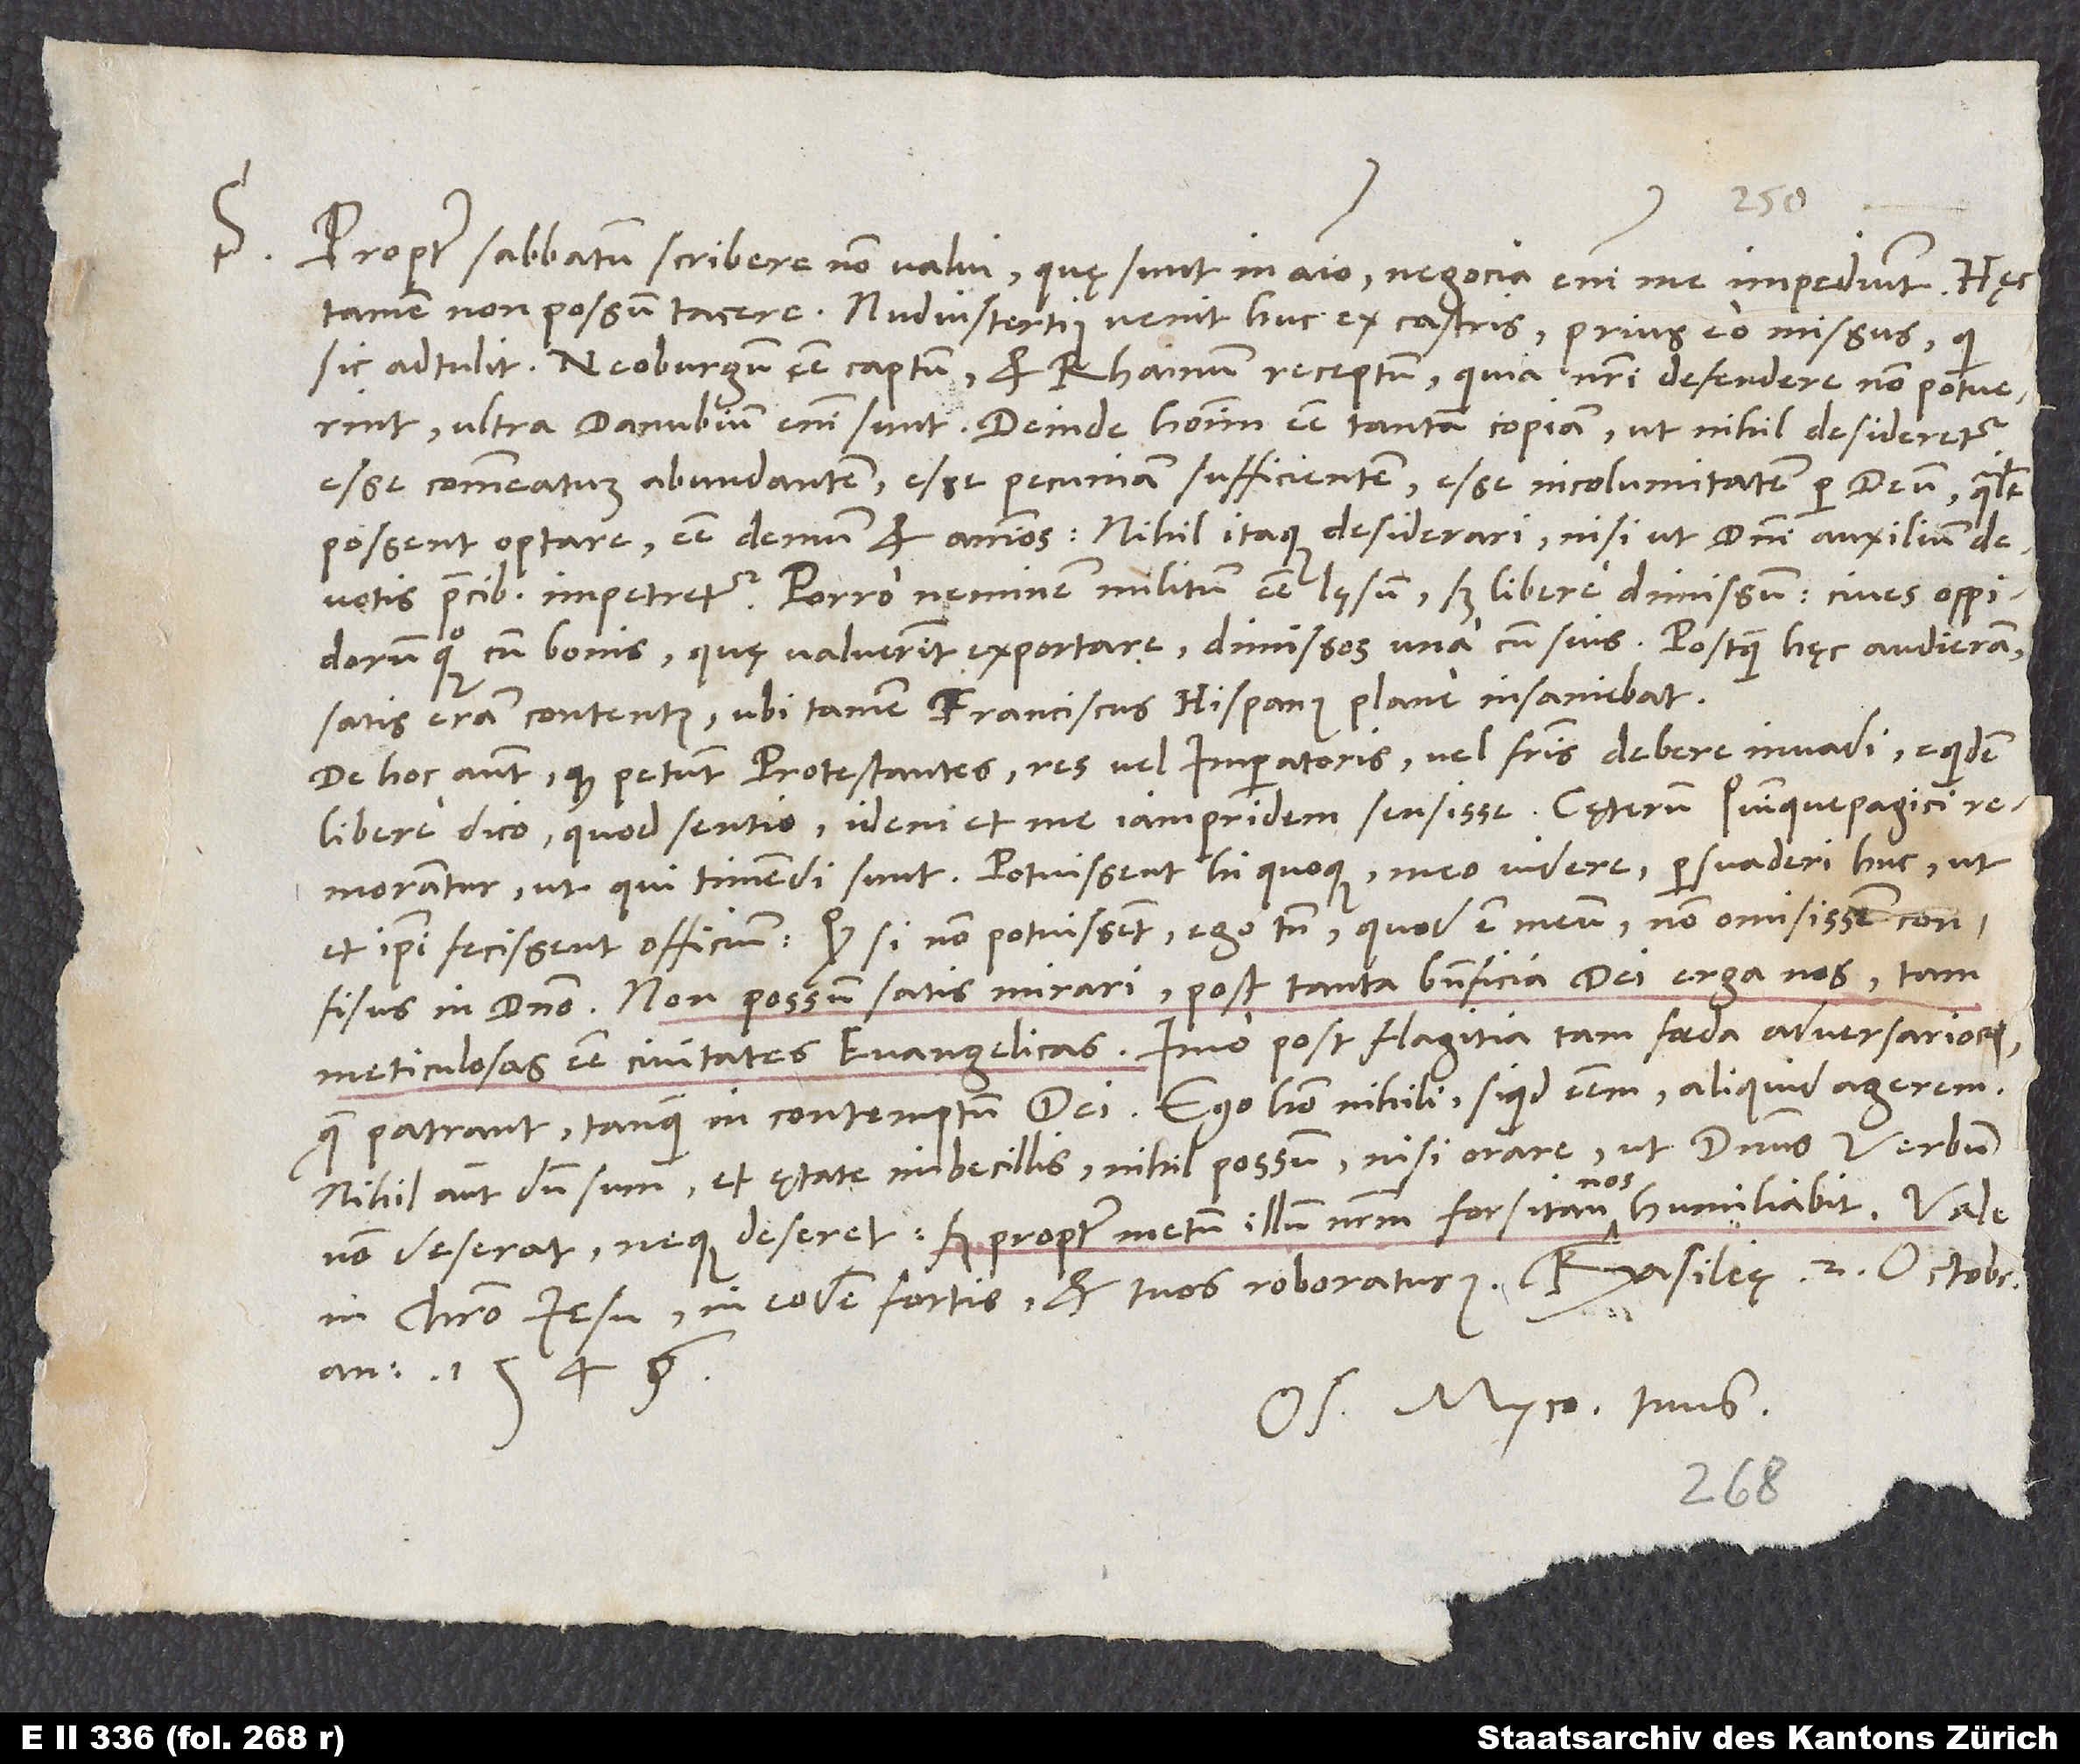
S. Propter sabbatum scribere non valui, quę sunt in animo. Negocia enim me impediunt. Hęc
tamen non possum tacere: Nudius tertius venit huc ex castris prius eo missus, qui
sic adtulit: Neoburgum esse captum et Rhainum receptum, quia nostri defendere non potuerint.
Ultra Danubium enim sunt. Deinde hominum esse tantam copiam, ut nihil desideretur.
Esse commeatum abundantem; esse pecuniam sufficientem; esse incolumitatem per deum, qualiter
possent optare; esse demum et animos. Nihil itaque desiderari, nisi ut domini auxilium
devotis precibus impetretur. Porro neminem militum esse lęsum, sed libere dimissum; cives oppidorum
quoque cum bonis, quę valuerint exportare, dimissos una cum suis. Postquam hęc audieram,
satis eram contentus, ubi tamen Franciscus Hispanus plane insaniebat.
De hoc autem, quod petunt Protestantes res vel imperatoris vel fratris debere invadi, equidem
libere dico, quod sentio: Idem et me iampridem sensisse! Cęterum Quinquepagici
remorantur ut qui timendi sunt. Potuissent hi quoque meo videre persuaderi huc, ut
et ipsi fecissent officium. Quodsi non potuissent, ego tamen, quod est meum, non omisissem confisus
in domino. Non possum satis mirari post tanta beneficia dei erga nos tam
meticulosas esse civitates evangelicas, imo post flagitia tam foeda adversariorum,
quae patrant tanquam in contemptum dei! Ego homo nihili, si quid essem, aliquid agerem.
Nihil autem dum sum et ętate imbecillis, nihil possum nisi orare, ut dominus verbum
non deserat; neque deseret, sed propter metum illum nostrum forsitan nos humiliabit.
in Christo Iesu. In eodem fortis et tuos roboraturus. Basileę, 2. octobris
anno 1546.